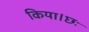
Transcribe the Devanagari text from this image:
किया।छः